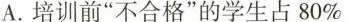
A.培训前”不合格”的学生占80%